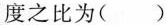
度之比为( )